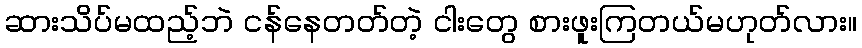
ဆားသိပ်မထည့်ဘဲ ငန်နေတတ်တဲ့ ငါးတွေ စားဖူးကြတယ်မဟုတ်လား။